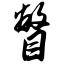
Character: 瞥